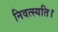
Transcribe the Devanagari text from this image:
निवत्स्यति।